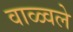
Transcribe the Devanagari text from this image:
वाळ्वले